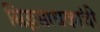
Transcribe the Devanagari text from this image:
सिद्धसाधकांची